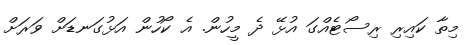
މިތާ ކައިރި ރިސޯޓެއްގަ އުޅޭ ދެ މީހުން. އެ ކޯހުން އަޅުގަނޑަށް ވަރަށް